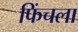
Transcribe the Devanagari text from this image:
फिंचला